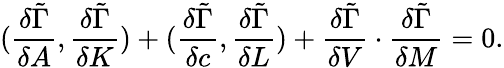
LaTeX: ({\frac{\delta\tilde{\Gamma}}{\delta A}},{\frac{\delta\tilde{\Gamma}}{\delta K}})+({\frac{\delta\tilde{\Gamma}}{\delta c}},{\frac{\delta\tilde{\Gamma}}{\delta L}})+{\frac{\delta\tilde{\Gamma}}{\delta V}}\cdot{\frac{\delta\tilde{\Gamma}}{\delta M}}=0.